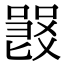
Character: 𠽽